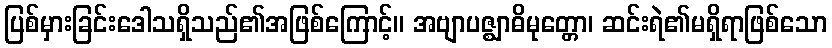
ပြစ်မှားခြင်းဒေါသရှိသည်၏အဖြစ်ကြောင့်။ အဗျာပဇ္ဈာဓိမုတ္တော၊ ဆင်းရဲ၏မရှိရာဖြစ်သော